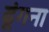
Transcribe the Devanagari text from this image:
ढूंगना